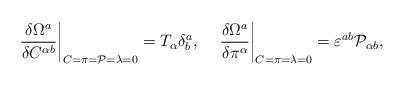
LaTeX: \begin{align*}\left.\frac{\delta\Omega^a}{\delta C^{\alpha b}}\right|_{C=\pi={\cal P} =\lambda=0}=T_\alpha\delta^a_b,\;\;\;\; \left.\frac{\delta\Omega^a}{\delta\pi^\alpha}\right|_{C=\pi=\lambda=0}= \varepsilon^{ab}{\cal P}_{\alpha b},\end{align*}